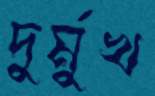
দুর্মুখ